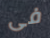
فى